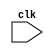
module synchronous_logic_block (
    input wire clk,
    // other input ports here
    // other output ports here
);

// declare your internal signals or registers here

always @ (posedge clk)
begin
    // your code or operations here
end

endmodule